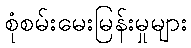
စုံစမ်းမေးမြန်းမှုများ